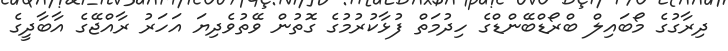
ދިރާގުގެ މޯބައިލް ބްރޯޑްބޭންޑްގެ ހިދުމަތް ފުޅާކުރުމުގެ ގޮތުން ވޭތުވެދިޔަ އަހަރު ރާއްޖޭގެ އާބާދީގެ